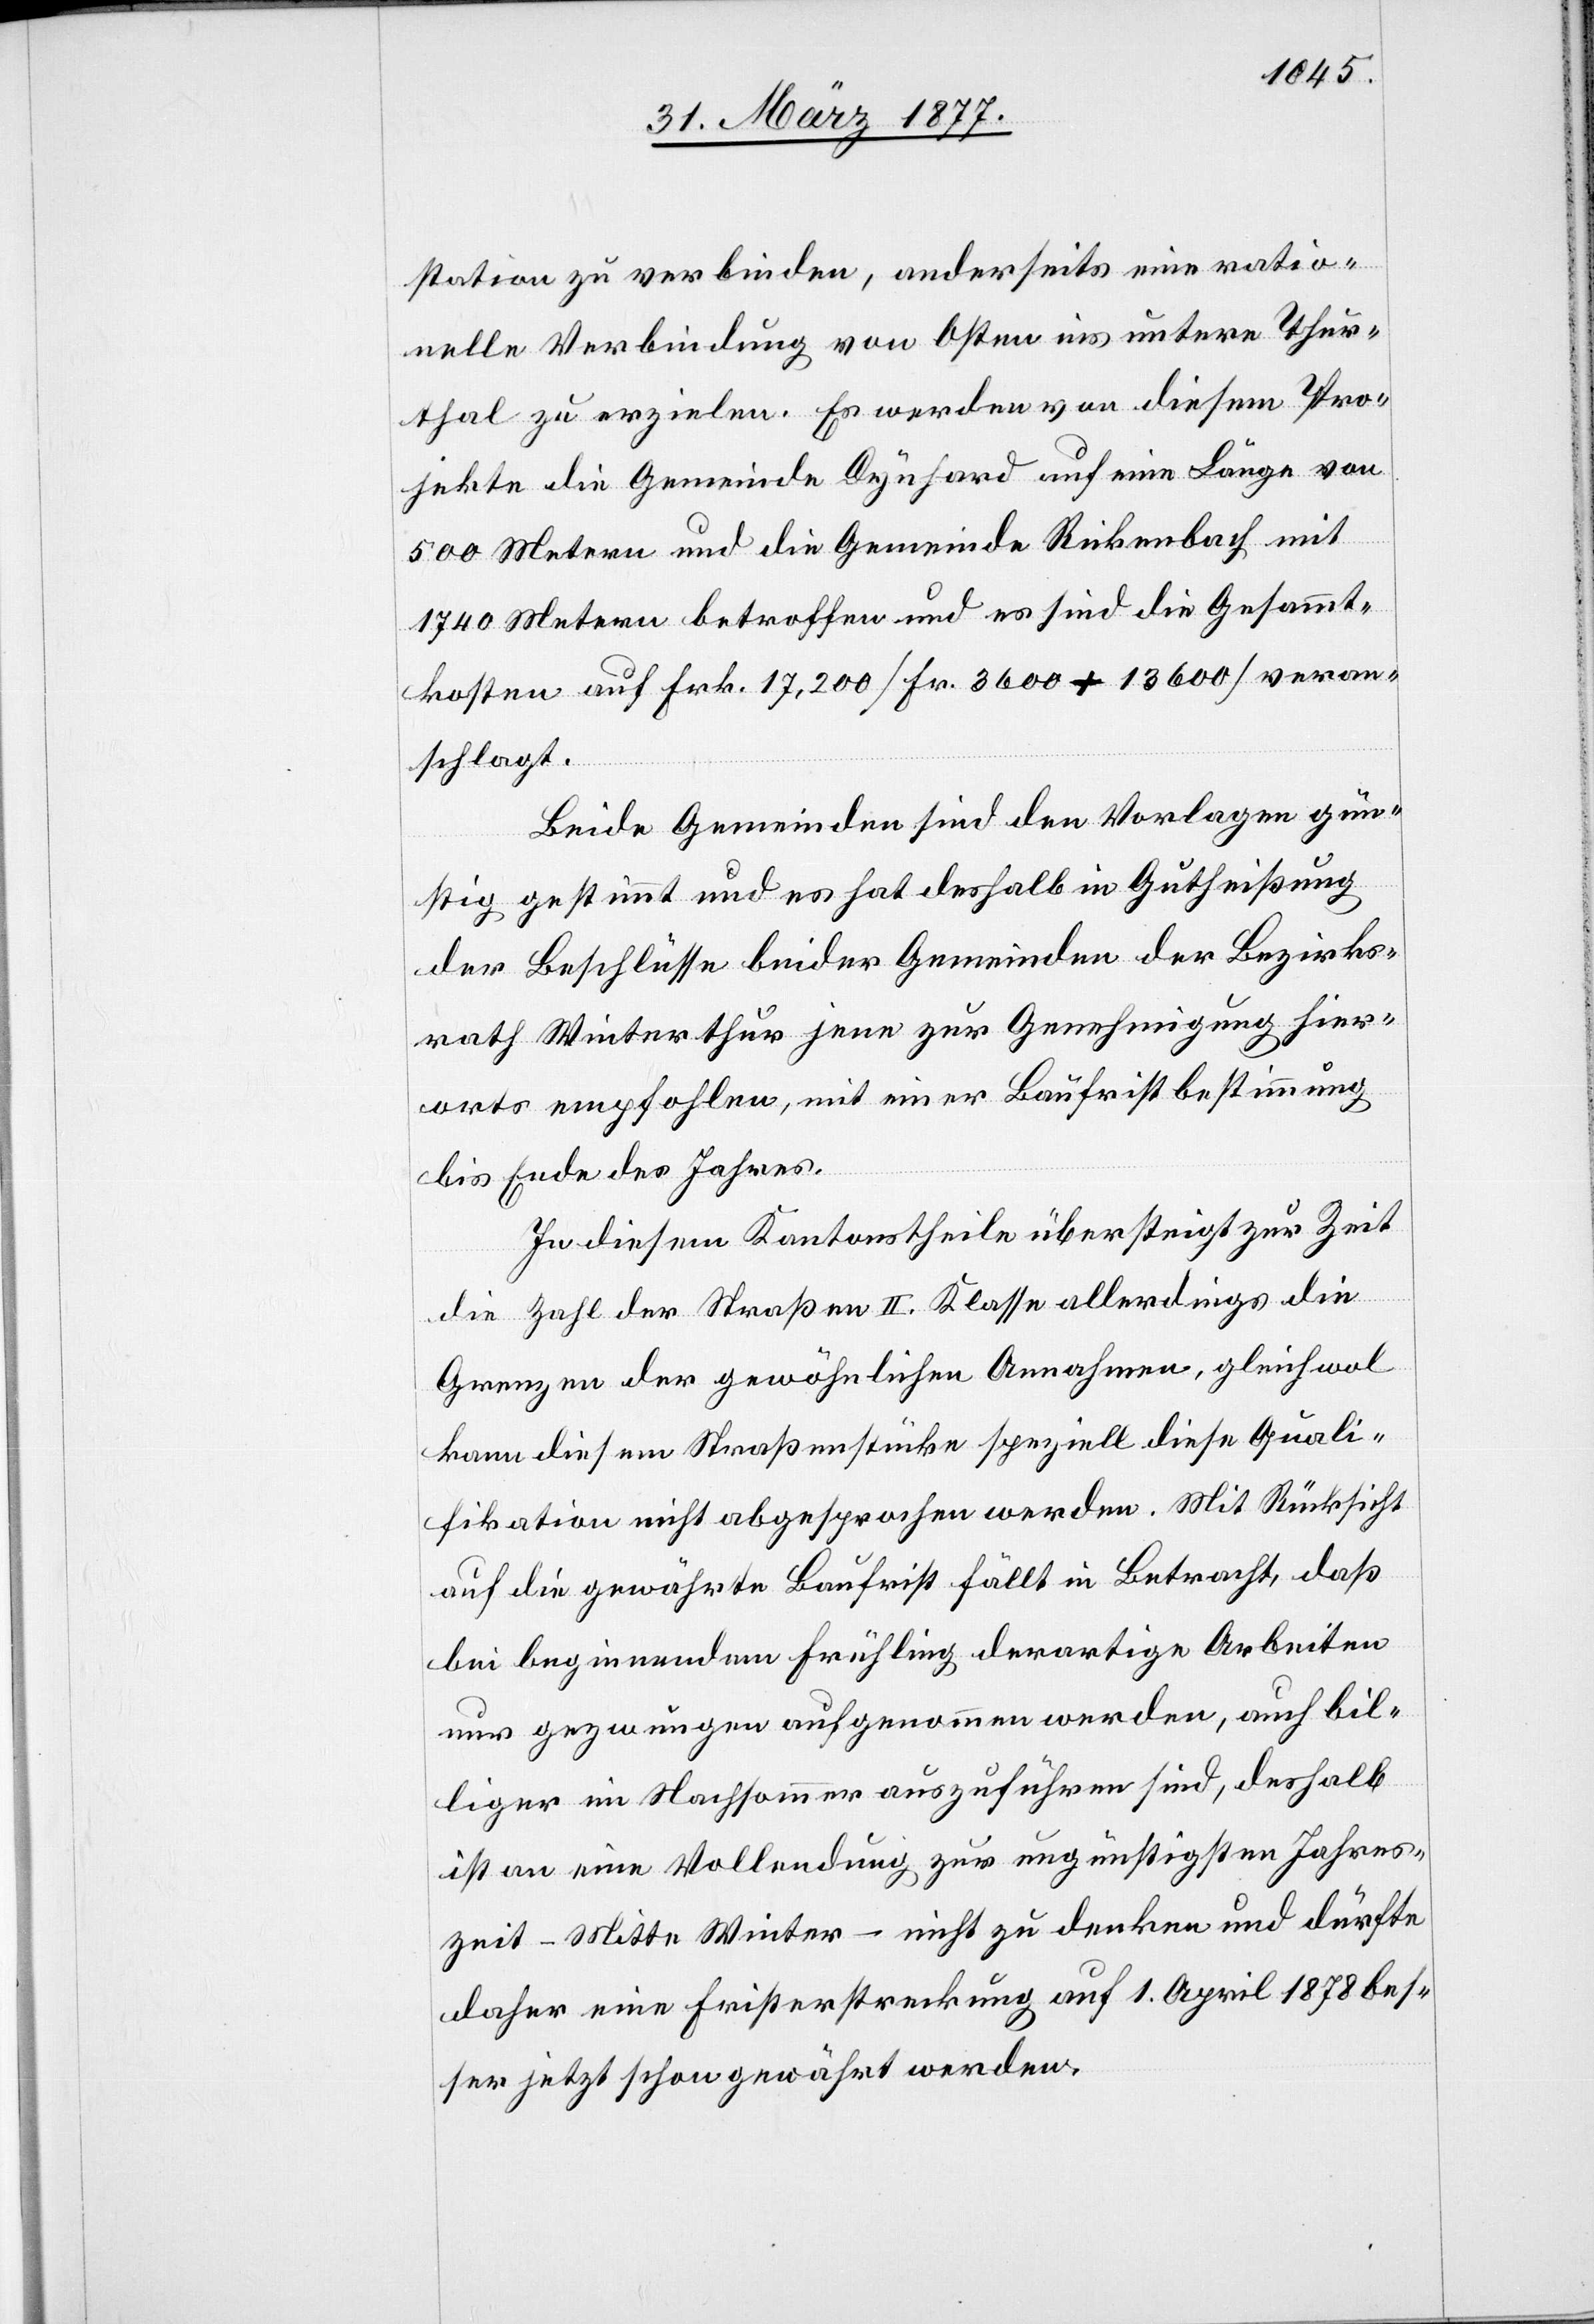
station zu verbinden, anderseits eine ratio¬
nelle Verbindung von Osten ins untere Thur¬
thal zu erzielen. Es werden von diesem Pro¬
jekte die Gemeinde Dynhard auf eine Länge von
500 Metern und die Gemeinde Rickenbach mit
1740 Metern betroffen und es sind die Gesammt¬
kosten auf Frk. 17,200 [Fr. 3600 + 13,600] veran¬
schlagt.
Beide Gemeinden sind den Vorlagen gün¬
stig gestimmt und es hat deshalb in Gutheißung
der Beschlüsse beider Gemeinden der Bezirks¬
rath Winterthur jene zur Genehmigung hier¬
orts empfohlen, mit einer Baufristbestimmung
bis Ende des Jahres.
In diesem Kantonstheile übersteigt zur Zeit
die Zahl der Straßen II. Klasse allerdings die
Grenzen der gewöhnlichen Annahmen, gleichwol
kann diesem Straßenstücke speziell diese Quali¬
fikation nicht abgesprochen werden. Mit Rücksicht
auf die gewährte Baufrist fällt in Betracht, daß
bei beginnendem Frühling derartige Arbeiten
nur gezwungen aufgenommen werden, auch bil¬
liger im Nachsommer auszuführen sind, deshalb
ist an eine Vollendung zur ungünstigsten Jahres¬
zeit – Mitte Winter – nicht zu denken und dürfte
daher eine Fristerstreckung auf 1. April 1878 bes¬
ser jetzt schon gewährt werden.